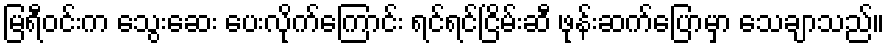
မြရီဝင်းက သွေးဆေး ပေးလိုက်ကြောင်း ရင်ရင်ငြိမ်းဆီ ဖုန်းဆက်ပြောမှာ သေချာသည်။